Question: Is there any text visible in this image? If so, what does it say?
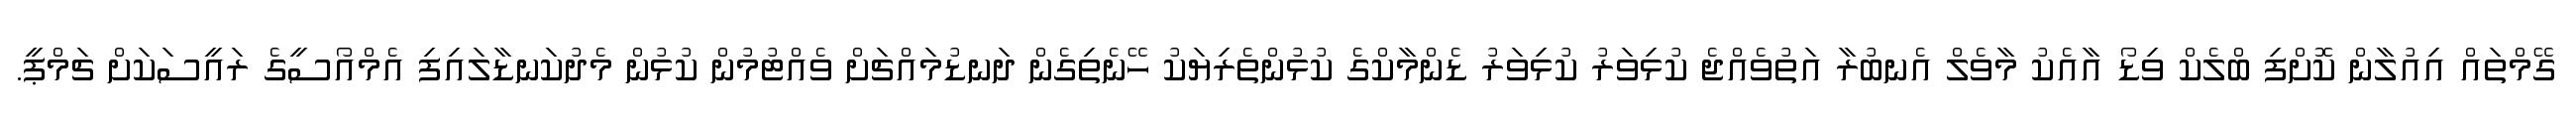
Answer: ގޭމްތައް އިއުލާން ކޮށްފި ބްލެކް ވިޑޯ އާއެކު މާވެލް އެނބުރާ އަތުވެއްޖެ ކުޅިވަރު ކުޅިވަރު ޑެންމާކްގެ ކުޅުންތެރިޔަކު ހޭނެތިގެން ދަނޑުމައްޗަށް ވެއްޓުމުން ކުޅުން މެދުކަނޑާލައިފި އެމްއޯސީގެ ރައީސަކަށް ޗަމްޕީ.